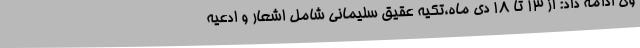
وی ادامه داد: از 13 تا 18 دی ماه،تکیه عقیق سلیمانی شامل اشعار و ادعیه